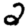
Digit: 2